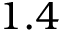
1 . 4